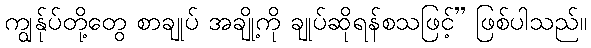
ကျွန်ုပ်တို့တွေ စာချုပ် အချို့ကို ချုပ်ဆိုရန်စသဖြင့်” ဖြစ်ပါသည်။